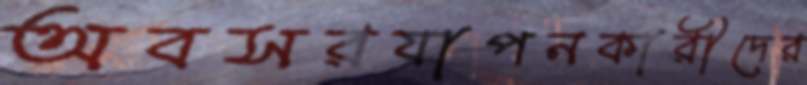
অবসরযাপনকারীদের